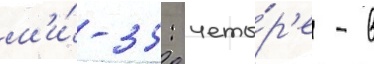
м'и́-35: четы́р'е - в